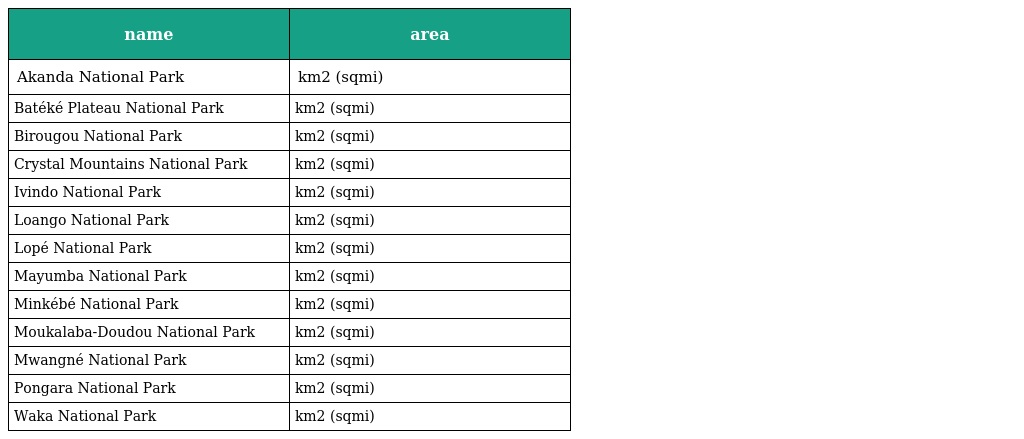
| name | area |
 | --- | --- |
 | Akanda National Park | km2 (sqmi) |
 | Batéké Plateau National Park | km2 (sqmi) |
 | Birougou National Park | km2 (sqmi) |
 | Crystal Mountains National Park | km2 (sqmi) |
 | Ivindo National Park | km2 (sqmi) |
 | Loango National Park | km2 (sqmi) |
 | Lopé National Park | km2 (sqmi) |
 | Mayumba National Park | km2 (sqmi) |
 | Minkébé National Park | km2 (sqmi) |
 | Moukalaba-Doudou National Park | km2 (sqmi) |
 | Mwangné National Park | km2 (sqmi) |
 | Pongara National Park | km2 (sqmi) |
 | Waka National Park | km2 (sqmi) |